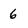
Character: 6